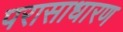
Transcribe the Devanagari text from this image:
परासाधारण